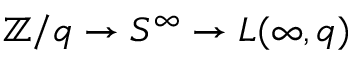
\mathbb { Z } / q \to S ^ { \infty } \to L ( \infty , q )